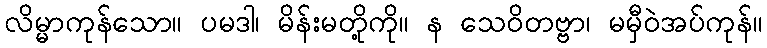
လိမ္မာကုန်သော။ ပမဒါ၊ မိန်းမတို့ကို။ န သေဝိတဗ္ဗာ၊ မမှီဝဲအပ်ကုန်။